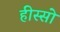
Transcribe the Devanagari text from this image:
हीस्सो